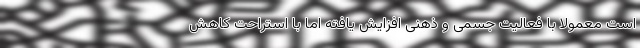
است معمولا با فعالیت جسمی و ذهنی افزایش یافته اما با استراحت کاهش